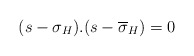
\begin{align*} (s-\sigma_H).(s-\overline{\sigma}_H)=0\end{align*}